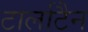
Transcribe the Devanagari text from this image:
टार्लाटैन